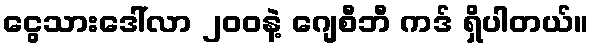
ငွေသားဒေါ်လာ ၂၀၀နဲ့ ဂျေစီဘီ ကဒ် ရှိပါတယ်။